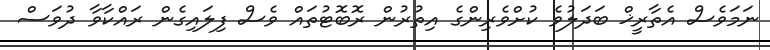
ނަމަވެސް އެތާރީޚް ބަދަލުވެ ކުށްވެރިންގެ އިތުރުން ރޮބޮޓުތައް ވެސް ފިލައިގެން ރައްކާވާ ދުވަސް